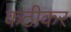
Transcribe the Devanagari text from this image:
कठीकर